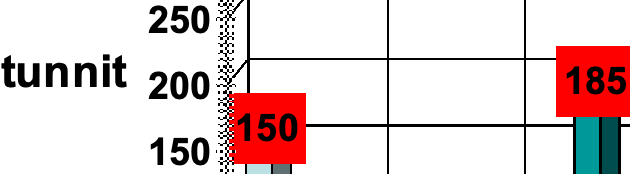
250 tunnit 200           185 150 150